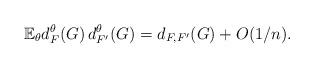
LaTeX: \begin{align*} \mathbb{E}_{\theta} d_F^{\theta}(G) \, d_{F'}^{\theta}(G) = d_{F, F'}(G) + O(1/n).\end{align*}